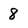
Character: 8